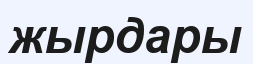
жырдары